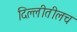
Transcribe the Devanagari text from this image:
दिल्लीतीलच